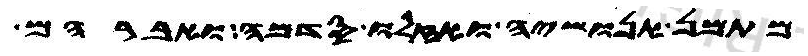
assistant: מתמן אנושיה ואזלו סדמה ואברהם